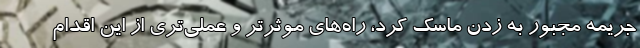
جریمه مجبور به زدن ماسک کرد، راه‌های موثرتر و عملی‌تری از این اقدام